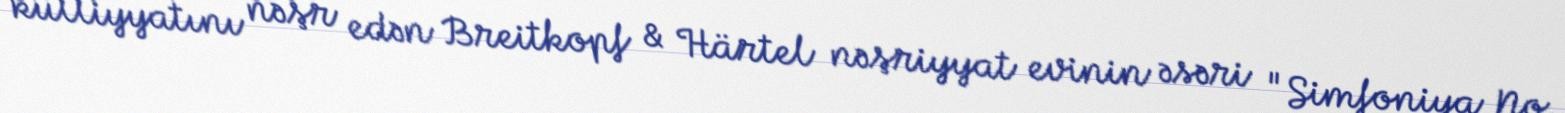
külliyyatını nəşr edən Breitkopf & Härtel nəşriyyat evinin əsəri "Simfoniya No.